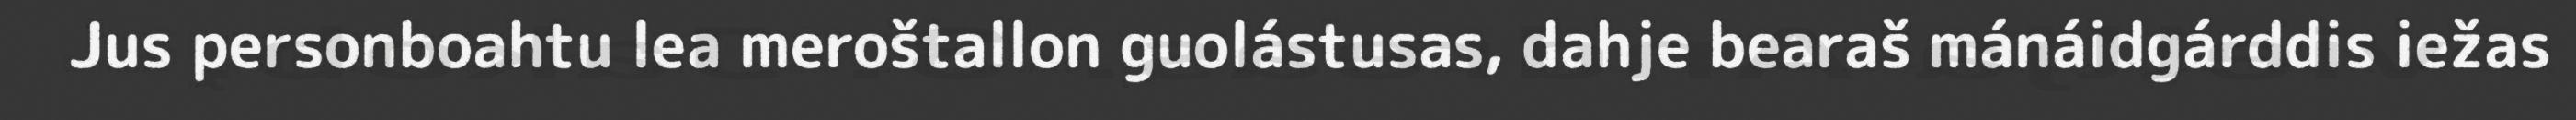
Jus personboahtu lea meroštallon guolástusas, dahje bearaš mánáidgárddis iežas